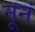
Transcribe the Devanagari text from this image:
नूनं